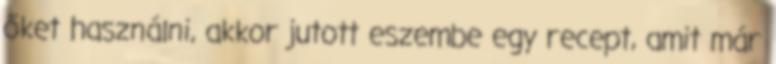
őket használni, akkor jutott eszembe egy recept, amit már